Indian Medical Review
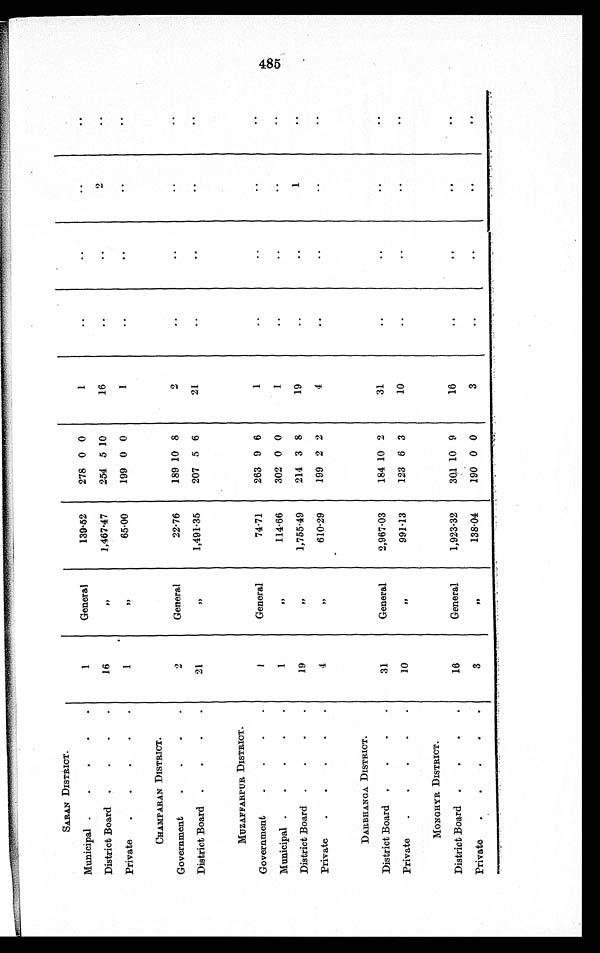
SARAN DISTRICT.
1
General
139.52
278 0 0
1
. .
..
..
..
Municipal .
.
.
.
.
District Board
.
.
.
.
16
, ,
1,467.47
254 5 10
16
..
..
2
..
Private
.
.
.
.
.
1
, ,
65.00
199 0 0
1
..
..
..
..
CHAMPARAN DISTRICT.
2
General
22.76
189 10 8
2
..
..
..
..
Government
.
.
.
.
District Board
.
.
.
.
21
, ,
1,491.35
207 5 6
21
..
..
. .
. .
MUZAFFARPUR DISTRICT.
1
General
74.71
263 9 6
1
..
..
. .
..
Government
.
.
.
.
Municipal .
.
.
.
.
1
, ,
114.66
302 0 0
1
..
..
..
..
District Board
.
.
.
.
19
, ,
1,755.49
214 3 8
19
..
..
1
..
Private
.
.
.
.
.
4
,,
610.29
199 2 2
4
..
..
..
..
DARBHANGA DISTRICT.
31
General
2,967.03
184 10 2
31
. .
..
..
..
District Board
. . . .
Private
.
.
.
.
.
10
,,
991.13
123 6 3
10
..
..
..
. .
MONGHYR DISTRICT.
16
General
1,923.32
301 10 9
16
..
..
..
. .
District Board
.
.
.
•
Private
.
.
.
•
.
3
, ,
138.04
190 0 0
3
..
..
. .
. .